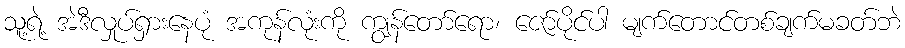
သူ့ရဲ့ အဲဒီလှုပ်ရှားနေပုံ အကုန်လုံးကို ကျွန်တော်ရော၊ ဇော်ပိုင်ပါ မျက်တောင်တစ်ချက်မခတ်ဘဲ